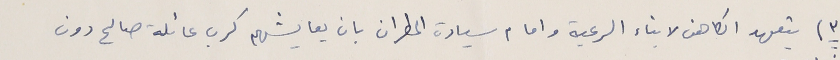
٣) يتعهد الكاهن لابناء الرعية وامام سيادة المطران بان يعايشهم كرب عائلة صالح دون